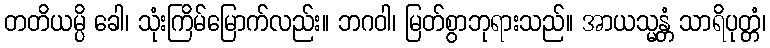
တတိယမ္ပိ ခေါ၊ သုံးကြိမ်မြောက်လည်း။ ဘဂဝါ၊ မြတ်စွာဘုရားသည်။ အာယသ္မန္တံ သာရိပုတ္တံ၊